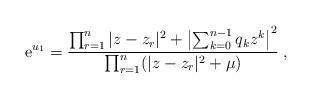
LaTeX: \begin{align*}{\rm e}^{u_1} = {\prod_{r=1}^n |z-z_r|^2 + \left|\sum_{k=0}^{n-1} q_k z^k \right|^2 \over \prod_{r=1}^n (|z-z_r|^2 + \mu)} \> ,\end{align*}